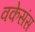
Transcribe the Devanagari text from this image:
वकेसंस